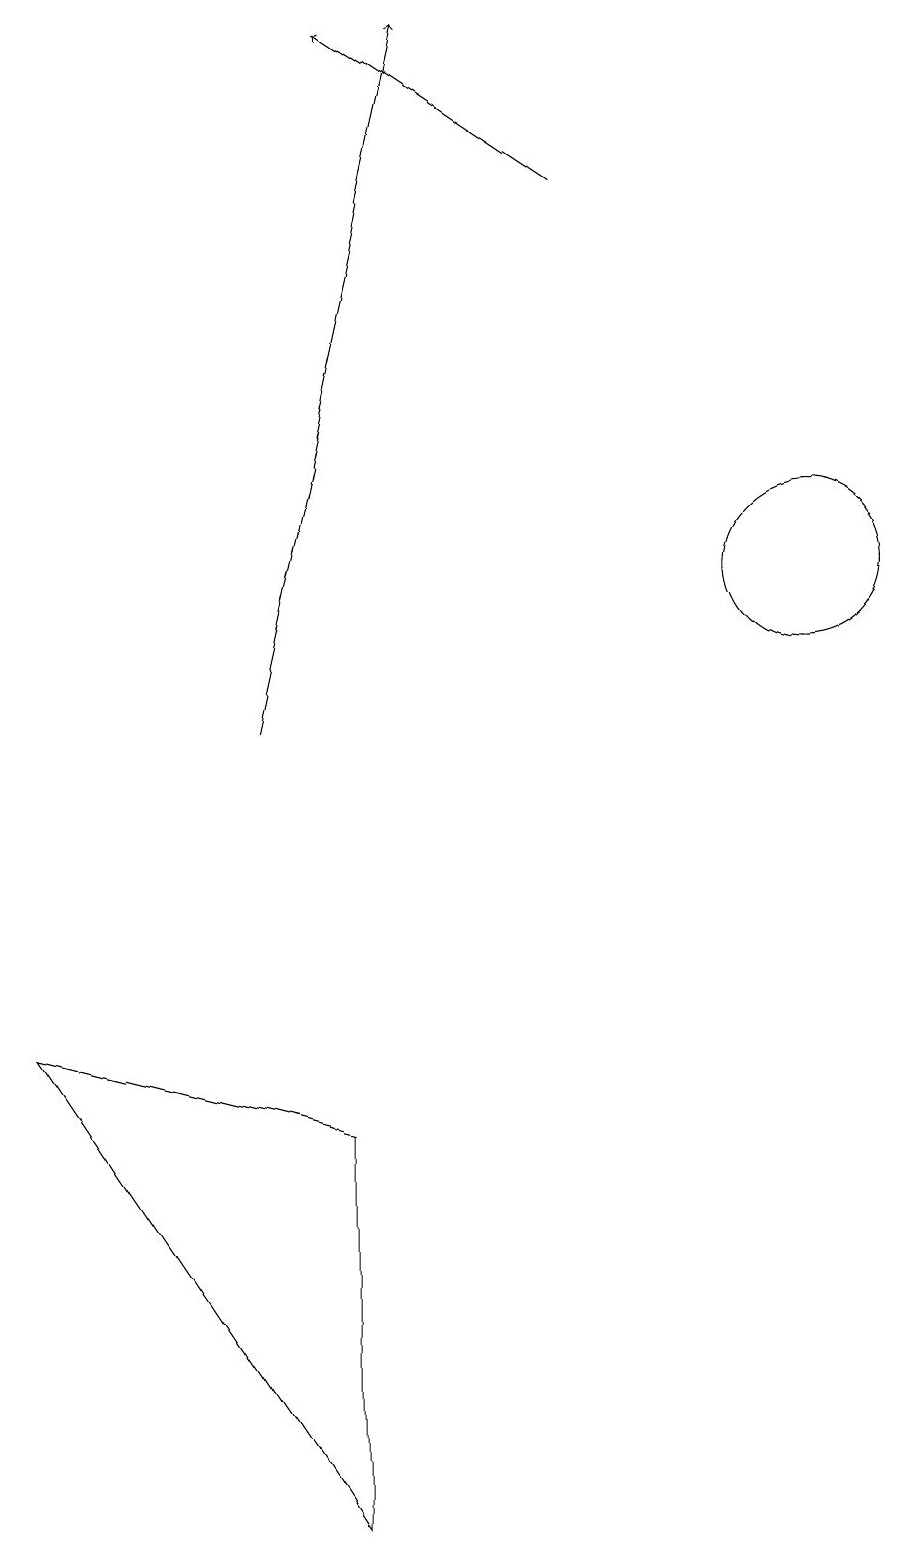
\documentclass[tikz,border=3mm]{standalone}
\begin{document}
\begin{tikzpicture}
\draw (11,12) circle (1);
\draw[->] (4,10) -- (6,19);
\draw (5,0) -- (1,6) -- (5,5) -- cycle;
\draw[->] (8,17) -- (5,19);
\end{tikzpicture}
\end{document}